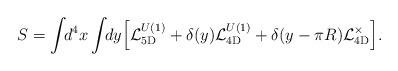
LaTeX: \begin{align*}S = \int\!\!d^4x \int\!\!dy \Bigl[ {\cal L}_{\rm 5D}^{U(1)} + \delta(y) {\cal L}_{\rm 4D}^{U(1)} + \delta(y-\pi R) {\cal L}_{\rm 4D}^{\times} \Bigr].\end{align*}